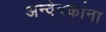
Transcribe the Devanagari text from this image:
अन्वेषकांना